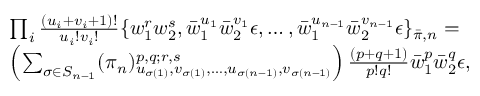
\begin{array} { r l } & { \prod _ { i } \frac { ( u _ { i } + v _ { i } + 1 ) ! } { u _ { i } ! v _ { i } ! } \{ w _ { 1 } ^ { r } w _ { 2 } ^ { s } , \bar { w } _ { 1 } ^ { u _ { 1 } } \bar { w } _ { 2 } ^ { v _ { 1 } } \epsilon , \dots , \bar { w } _ { 1 } ^ { u _ { n - 1 } } \bar { w } _ { 2 } ^ { v _ { n - 1 } } \epsilon \} _ { \bar { \pi } , n } = } \\ & { \left( \sum _ { \sigma \in S _ { n - 1 } } ( \pi _ { n } ) _ { u _ { \sigma ( 1 ) } , v _ { \sigma ( 1 ) } , \dots , u _ { \sigma ( n - 1 ) } , v _ { \sigma ( n - 1 ) } } ^ { p , q ; r , s } \right) \frac { ( p + q + 1 ) } { p ! q ! } \bar { w } _ { 1 } ^ { p } \bar { w } _ { 2 } ^ { q } \epsilon , } \end{array}